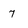
Character: 7